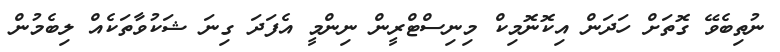
ނުތިބެވޭ ގޮތަށް ހަދަން އިކޮނޮމިކް މިނިސްޓްރީން ނިންމީ އެފަދަ ގިނަ ޝަކުވާތަކެއް ލިބެމުން